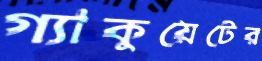
গ্যাকুয়েটের